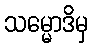
သမ္မောဒိမှ